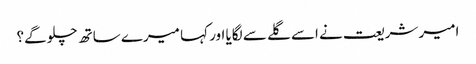
امیر شریعت نے اسے گلے سے لگایا اور کہا میرے ساتھ چلو گے؟